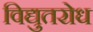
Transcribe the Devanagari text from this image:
विद्युतरोध